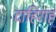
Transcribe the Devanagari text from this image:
दाहिराह